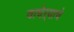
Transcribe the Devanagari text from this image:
वाघेऱ्याचे